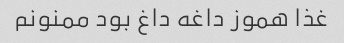
غذا هموز داغه داغ بود ممنونم